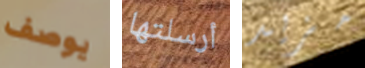
يوصف أرسلتها مزيد